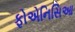
ફોએનિસિઆ